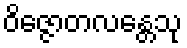
ဝိဇ္ဇောတလန္တေသု